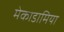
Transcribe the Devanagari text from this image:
मेकाडामिया